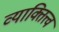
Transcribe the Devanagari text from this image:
व्याक्तित्त्व